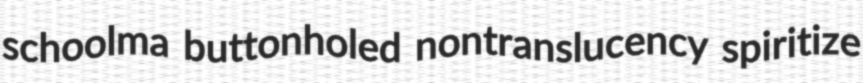
schoolma buttonholed nontranslucency spiritize